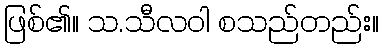
ဖြစ်၏။ သ.သီလဝါ စသည်တည်း။